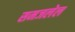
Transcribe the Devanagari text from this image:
समजलेल